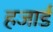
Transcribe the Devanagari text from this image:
हजार्ड